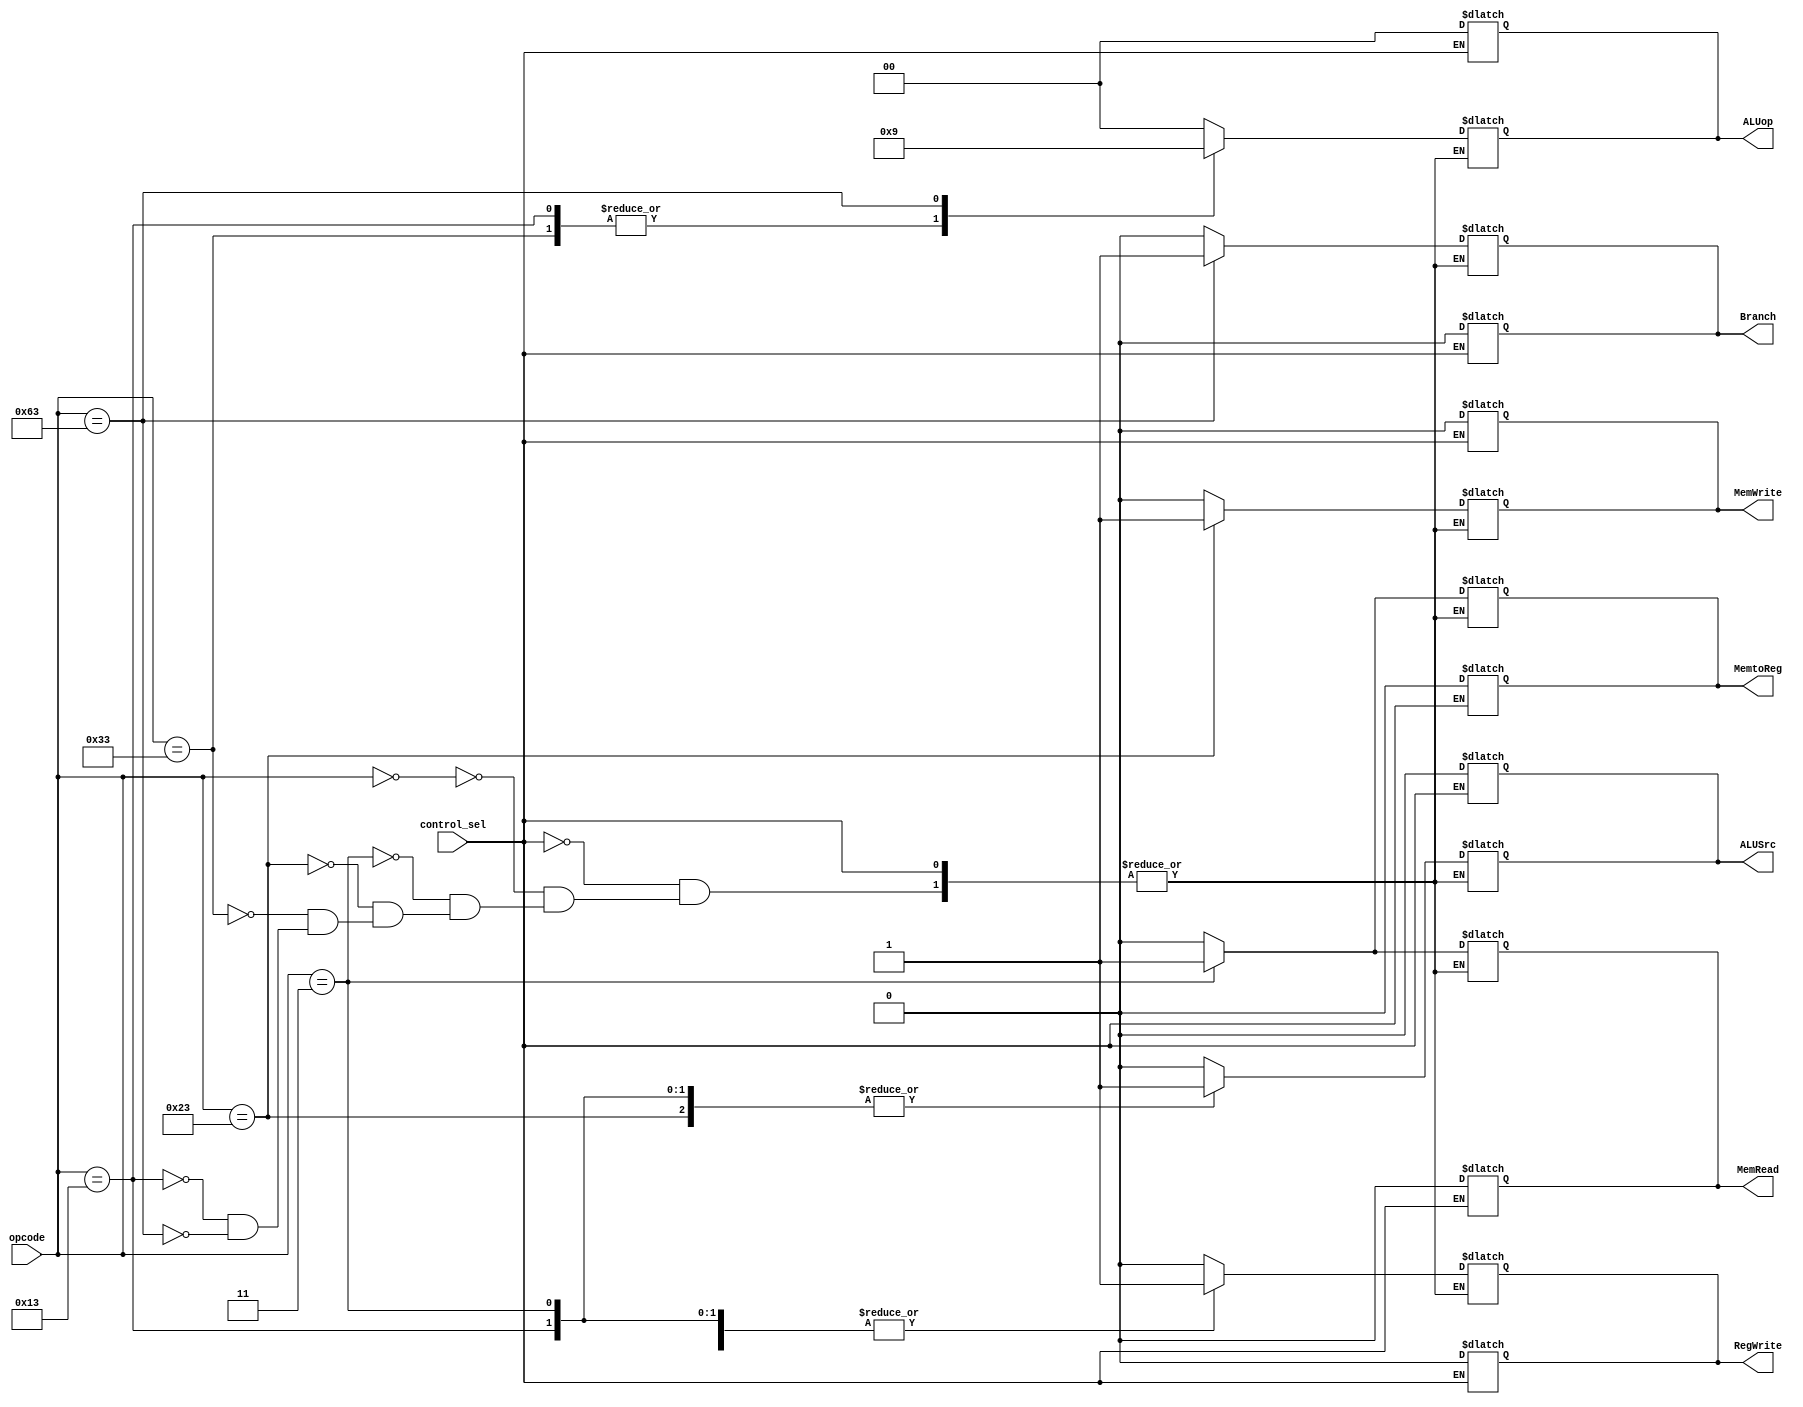
module control_path(input [6:0] opcode,
                    input control_sel,
                    output reg MemRead, MemtoReg, MemWrite, RegWrite, Branch, ALUSrc,
                    output reg [1:0] ALUop);

always@(*) begin
    if(control_sel == 'b1) begin
        MemRead <= 'b0;
        MemtoReg <= 'b0;
        MemWrite <= 'b0;
        RegWrite <= 'b0;
        Branch <= 'b0;
        ALUSrc <= 'b0;
        ALUop <= 2'b00;
    end
end
                    
always@(opcode) begin
    if(control_sel == 'b0) begin
    casex(opcode)
      7'b0000000: {ALUSrc,MemtoReg,RegWrite,MemRead,MemWrite,Branch,ALUop} <= 8'b00000000; //nop from ISA
      7'b0000011: {ALUSrc,MemtoReg,RegWrite,MemRead,MemWrite,Branch,ALUop} <= 8'b11110000; //lw
      7'b0100011: {ALUSrc,MemtoReg,RegWrite,MemRead,MemWrite,Branch,ALUop} <= 8'b10001000; //sw
      7'b0110011: {ALUSrc,MemtoReg,RegWrite,MemRead,MemWrite,Branch,ALUop} <= 8'b00100010; //R32-format
      7'b0010011: {ALUSrc,MemtoReg,RegWrite,MemRead,MemWrite,Branch,ALUop} <= 8'b10100010; //Register32-Immediate Arithmetic Instructions
      7'b1100011: {ALUSrc,MemtoReg,RegWrite,MemRead,MemWrite,Branch,ALUop} <= 8'b00000101; //branch instructions
    endcase
    end
end
                    
endmodule